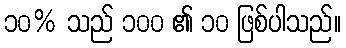
၁၀% သည် ၁၀၀ ၏ ၁၀ ဖြစ်ပါသည်။